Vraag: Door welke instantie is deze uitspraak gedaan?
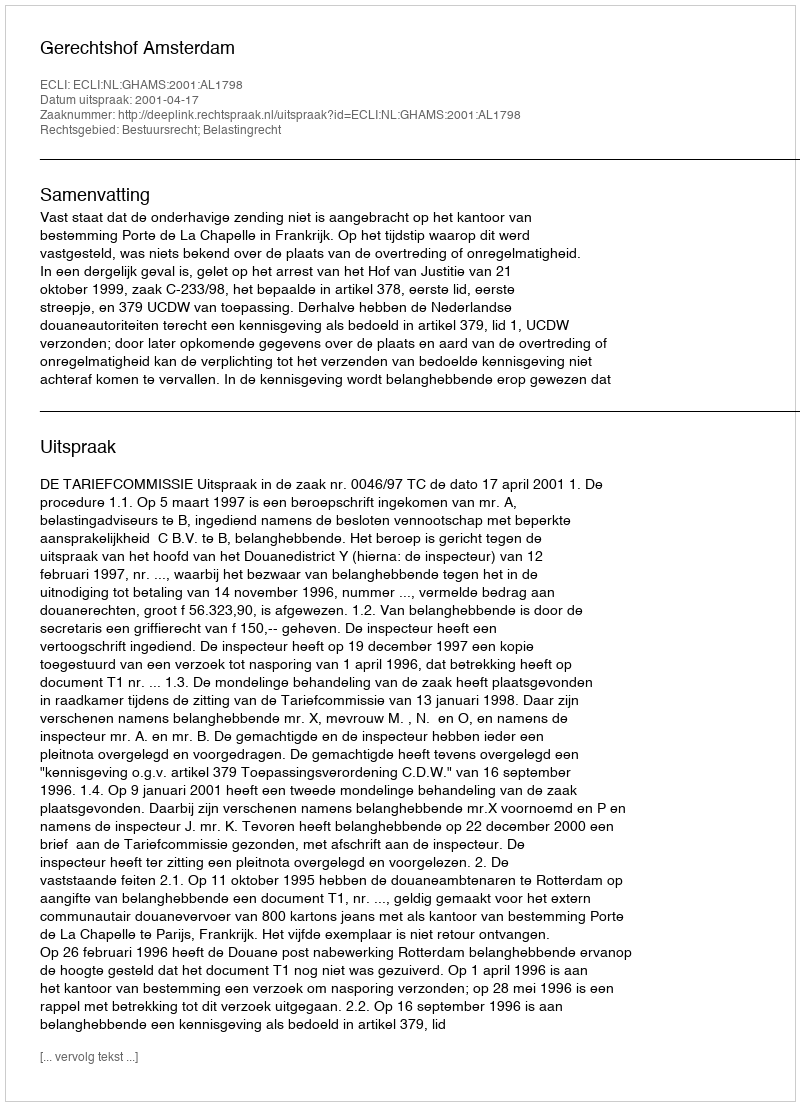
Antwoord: Gerechtshof Amsterdam